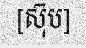
[ស៊ុប]